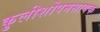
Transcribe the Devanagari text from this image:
कुलीशोपमसायक